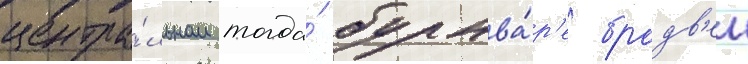
центра́льном тогда́ бульва́р'е бродв'еи